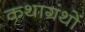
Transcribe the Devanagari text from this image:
कथाग्रंथों